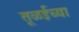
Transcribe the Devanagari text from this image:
तूळईच्या